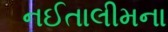
નઈતાલીમના